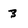
Character: 3